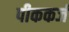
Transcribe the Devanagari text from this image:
पीककर्ज